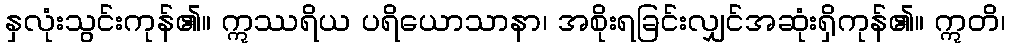
နှလုံးသွင်းကုန်၏။ ဣဿရိယ ပရိယောသာနာ၊ အစိုးရခြင်းလျှင်အဆုံးရှိကုန်၏။ ဣတိ၊